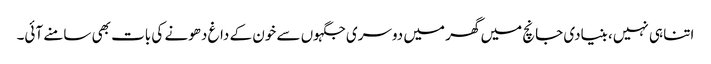
اتنا ہی نہیں، بنیادی جانچ میں گھر میں دوسری جگہوں سے خون کے داغ دھونے کی بات بھی سامنے آئی۔